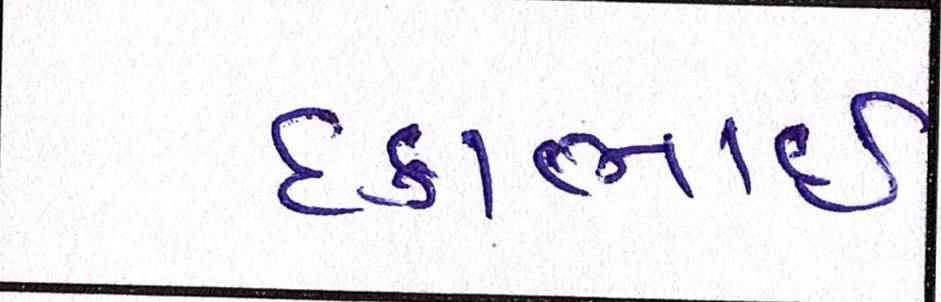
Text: દકાભાઈ